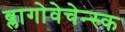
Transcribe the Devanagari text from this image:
ब्लागोवेचेन्स्क